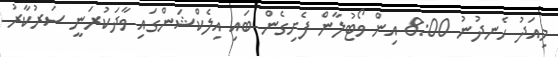
މިއަދު ހެނދުނު 8:00 އިން ވޯޓުލާން ފެށިގެން ބައި އިލެކްޝަންގައި ވާދަކުރަނީ ސަރުކާރު